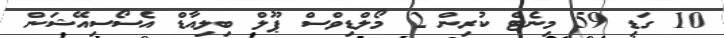
10 ގަޑި 59 މިނެޓް ކުރިން 2 މޯލްޑިވްސް ޕޫލް ބިލިއާޑް އެސޯސިއޭޝަން